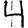
Digit: 4